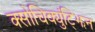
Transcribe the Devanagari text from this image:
क्सोचिक्युंट्झिन